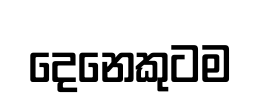
දෙනෙකුටම